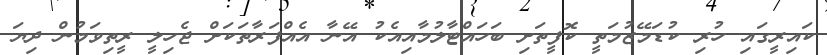
ކައިރީގައި ހުރި ކުޑަމޭޒުމަތީ ކޮފީތަށި ބަހައްޓާލުމާއިއެކު އޭނާ އެއްފަރާތަކަށް ޖެހިލީ ރީތިވަމުން ދިޔަ